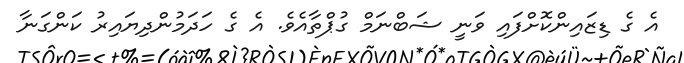
އެ ގެ ޑިޒައިންކޮށްފައި ވަނީ ޝަބްނަމް ގުޕްތާއެވެ. އެ ގެ ހަދަމުންދިޔައިރު ކަންގަނާ